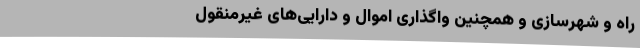
راه ‌و شهرسازی و همچنین ‌واگذاری ‌اموال ‌و دارایی‌های‌ غیرمنقول‌